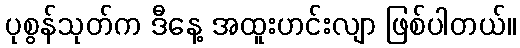
ပုစွန်သုတ်က ဒီနေ့ အထူးဟင်းလျာ ဖြစ်ပါတယ်။